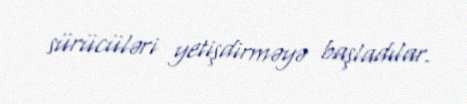
sürücüləri yetişdirməyə başladılar.